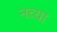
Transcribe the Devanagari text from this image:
नव्‍या